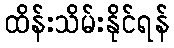
ထိန်းသိမ်းနိုင်ရန်